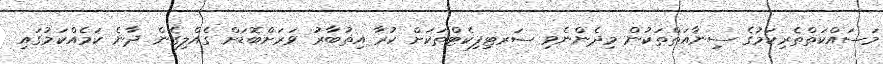
މަސައްކަތްތެރިކަމުގެ ސިނާއަތްތަކުން މިދެންނެވި ސަރޓިފިކެޓްތަކަށް ކުރާ އިތުބާރު ވަރަށްބޮޑަށް ގެއްލިގެން ދާނެ ކަމެއްކަމުގައި